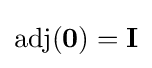
\operatorname {adj} (\mathbf {0} )=\mathbf {I}